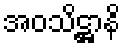
အဝသိဋ္ဌာနိ